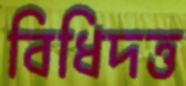
বিধিদত্ত